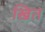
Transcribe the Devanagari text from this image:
खित